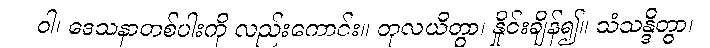
ဝါ၊ ဒေသနာတစ်ပါးကို လည်းကောင်း။ တုလယိတွာ၊ နှိုင်းချိန်၍။ သံသန္ဒိတွာ၊